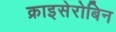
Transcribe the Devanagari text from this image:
क्राइसेरोबिन